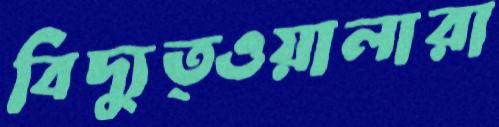
বিদ্যুত্ওয়ালারা